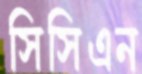
সিসিএন